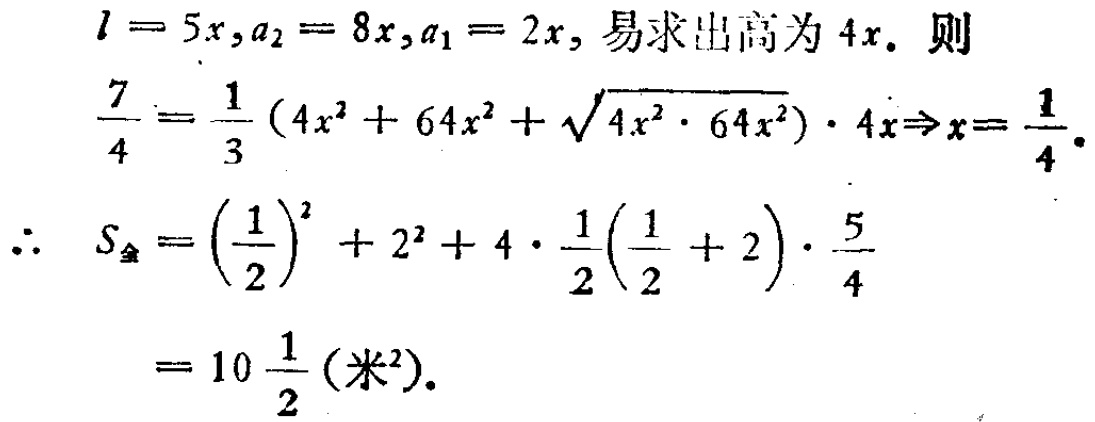
\(l = 5x,a_{2}=8x,a_{1}=2x\)，易求出高为\(4x\). 则

\(\frac{7}{4}=\frac{1}{3}(4x^{2}+64x^{2}+\sqrt{4x^{2}\cdot64x^{2}})\cdot4x\Rightarrow x = \frac{1}{4}\).

\(\therefore S_{全}=(\frac{1}{2})^{2}+2^{2}+4\cdot\frac{1}{2}(\frac{1}{2}+2)\cdot\frac{5}{4}\)

\(=10\frac{1}{2}(米^{2})\).